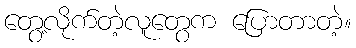
တွေ့လိုက်တဲ့လူတွေက ပြောတာတဲ့။